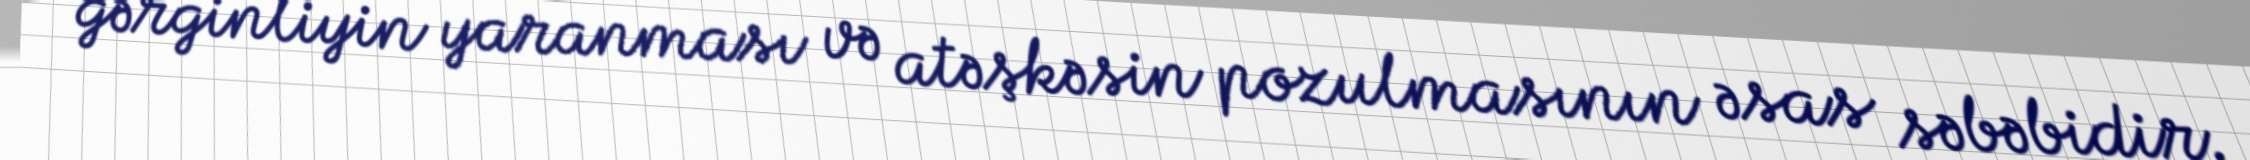
gərginliyin yaranması və atəşkəsin pozulmasının əsas səbəbidir.